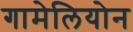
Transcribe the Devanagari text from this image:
गामेलियोन